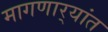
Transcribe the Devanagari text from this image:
मागणार्‍यांत